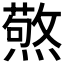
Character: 𭶍